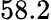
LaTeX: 58.2